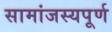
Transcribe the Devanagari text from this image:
सामांजस्यपूर्ण